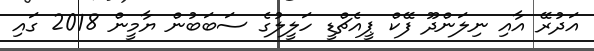
އަދުރޭ އާއި ނިލަންދޫ ފޭކް ޕީއެޗްޑީ ހަލީލުގެ ސަބަބުން ޔާމީން 2018 ގައި